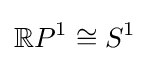
\mathbb {R} P^{1}\cong S^{1}